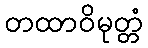
တထာဝိမုတ္တံ